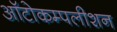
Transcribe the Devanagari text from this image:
ऑटोकम्पलीशन